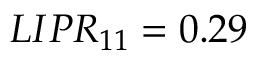
L I P R _ { 1 1 } = 0 . 2 9